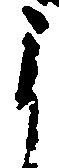
よ